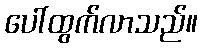
ပေါ်ထွက်လာသည်။